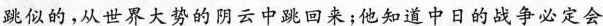
跳似的，从世界大势的阴云中跳回来；他知道中日的战争必定会